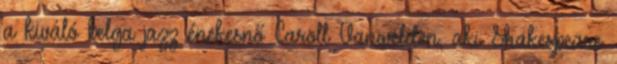
a kiváló belga jazz énekesnő Caroll Vanwelden, aki Shakespeare